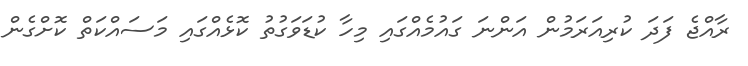
ރާއްޖެ ފަދަ ކުރިއަރަމުން އަންނަ ގައުމެއްގައި މިހާ ކުޑަވަގުތު ކޮޅެއްގައި މަސައްކަތް ކޮށްގެން